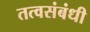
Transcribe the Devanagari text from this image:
तत्वसंबंधी